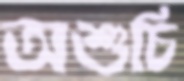
অশুচি